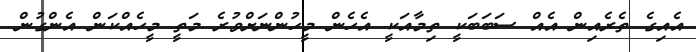
އެއިގެ ތެރެއިން އެއް ސަބަަބަކީ ތިމާއަކީ އެހެން މީހުންނަށްވުރެ މަތީ މީހެއްކަން އެންގުން